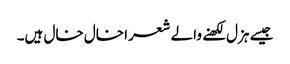
جیسے ہزل لکھنے والے شعرا خال خال ہیں۔